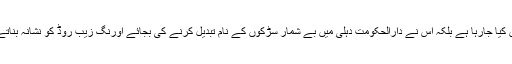
بی جے پی حکومت پر آر ایس ایس ایجنڈہ پر عمل آوری کا الزام یوں ہی عائد نہیں کیا جارہا ہے بلکہ اس نے دارالحکومت دہلی میں بے شمار سڑکوں کے نام تبدیل کرنے کی بجائے اورنگ زیب روڈ کو نشانہ بناتے ہوئے اسے سابق صدر جمہوریہ ڈاکٹر اے پی جے عبدالکلام سے موسوم کردیا۔